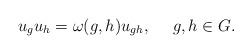
LaTeX: \begin{align*}u_gu_h=\omega(g,h)u_{gh},\ \ \ \ g,h\in G.\end{align*}